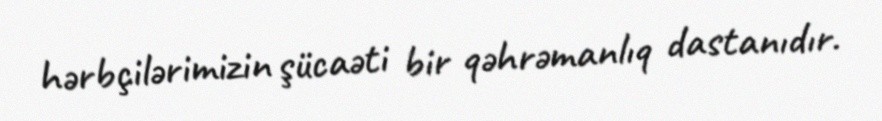
hərbçilərimizin şücaəti bir qəhrəmanlıq dastanıdır.